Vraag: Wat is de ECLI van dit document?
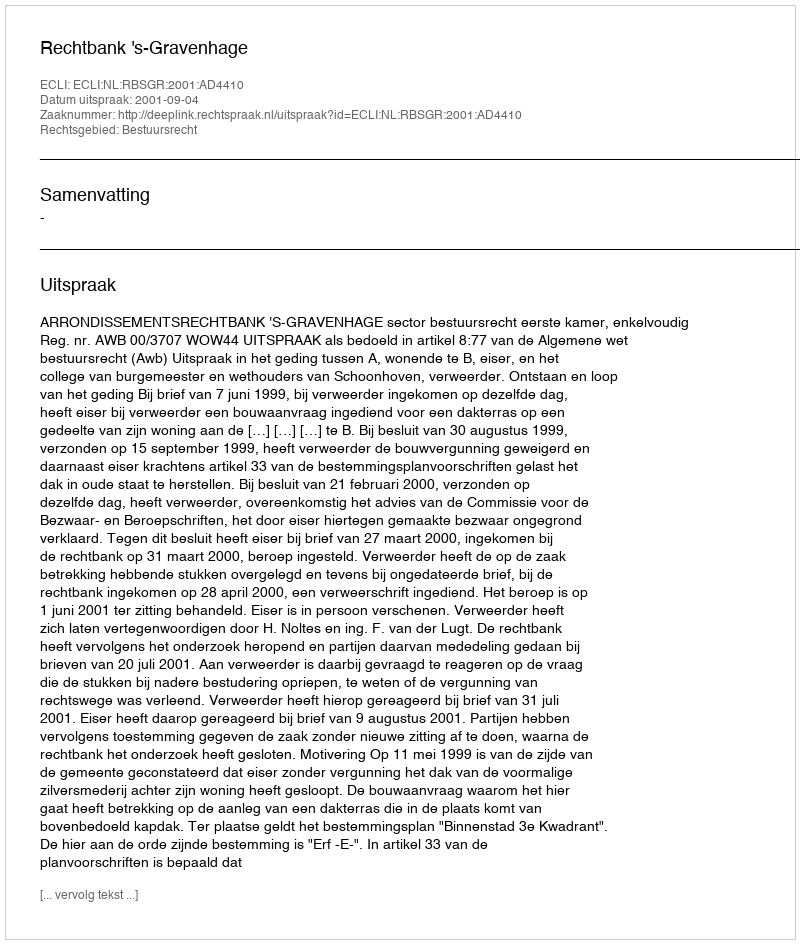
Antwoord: ECLI:NL:RBSGR:2001:AD4410